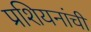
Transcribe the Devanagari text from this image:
प्रशियनांची